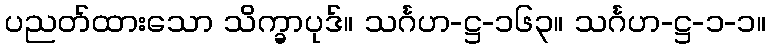
ပညတ်ထားသော သိက္ခာပုဒ်။ သင်္ဂဟ-ဋ္ဌ-၁၆၃။ သင်္ဂဟ-ဋ္ဌ-၁-၁။